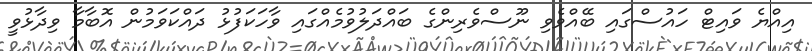
އިއްޔެ ވައިޓް ހައުސްގައި ބޭއްވެވި ނޫސްވެރިންގެ ބައްދަލުވުމެއްގައި ވާހަކަފުޅު ދައްކަވަމުން އޮބާމާ ވިދާޅުވީ